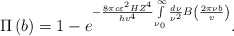
\begin{align*}\Pi \left( b \right) = 1 - e^{ - \frac{8\pi c\varepsilon ^2HZ^4}{hv^4}\int\limits_{\nu _0 }^\infty {\frac{d\nu }{\nu ^2}} B\left( {\frac{2\pi \nu b}{v}} \right)} .\end{align*}